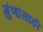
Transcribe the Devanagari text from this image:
गुंणांसाठी